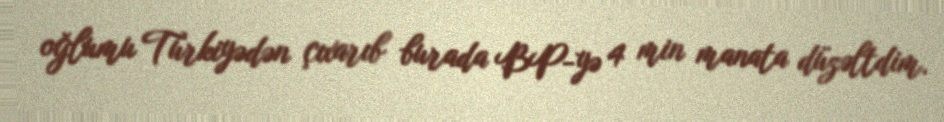
oğlumu Türkiyədən çıxarıb burada BP-yə 4 min manata düzəltdim.